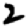
Digit: 2